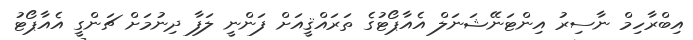
އިބްރާހިމް ނާސިރު އިންޓަނޭޝަނަލް އެއާޕޯޓުގެ ތަރައްޤީއަށް ފަންނީ ލަފާ ދިނުމަށް ޗަންގީ އެއާޕޯޓު